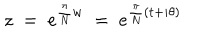
LaTeX: z \; = \; e ^ { \frac { \pi } { N } w } \; = \; e ^ { \frac { \pi } { N } ( t + i \theta ) }